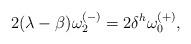
LaTeX: \begin{align*} 2(\lambda-\beta)\omega^{(-)}_2=2\delta^h \omega^{(+)}_0, \end{align*}